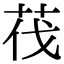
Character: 茷